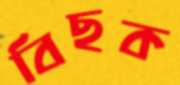
বিছক